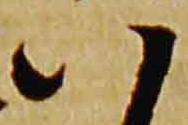
八